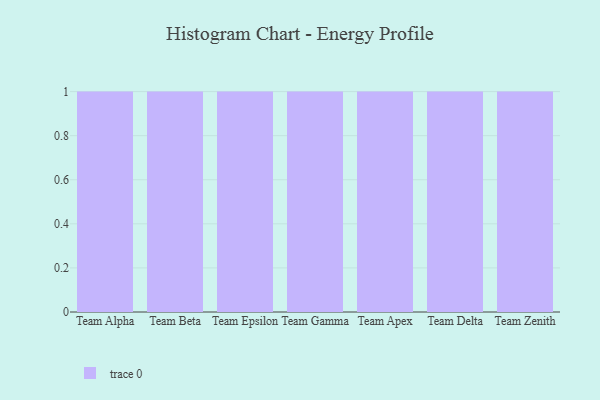
{"axis": {"x": "Team", "y": "Temperature (°C)"}, "legend": [""], "data": [{"x": "Team Alpha", "y": 30, "type": ""}, {"x": "Team Beta", "y": 83, "type": ""}, {"x": "Team Epsilon", "y": 1, "type": ""}, {"x": "Team Gamma", "y": 52, "type": ""}, {"x": "Team Apex", "y": 56, "type": ""}, {"x": "Team Delta", "y": 14, "type": ""}, {"x": "Team Zenith", "y": 44, "type": ""}]}